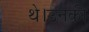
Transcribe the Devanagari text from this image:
थे।उनकी